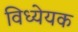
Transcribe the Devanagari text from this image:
विध्येयक